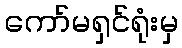
ကော်မရှင်ရုံးမှ